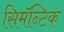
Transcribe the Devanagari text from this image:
सिमॅन्टिक